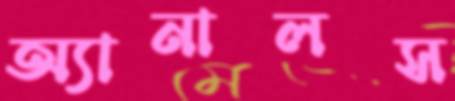
অ্যানালস